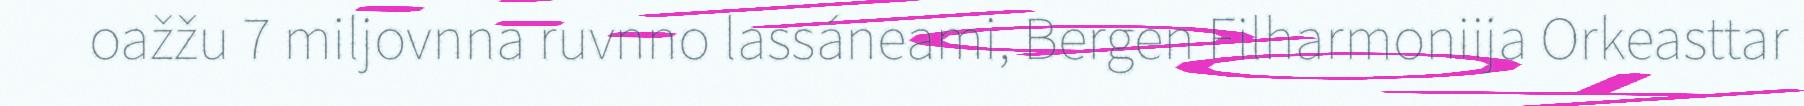
oažžu 7 miljovnna ruvnno lassáneami, Bergen Filharmoniija Orkeasttar